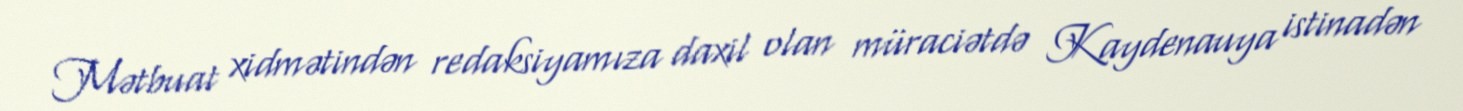
Mətbuat xidmətindən redaksiyamıza daxil olan müraciətdə Kaydenauya istinadən